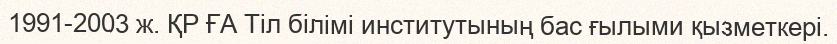
1991-2003 ж. ҚР ҒА Тіл білімі институтының бас ғылыми қызметкері.